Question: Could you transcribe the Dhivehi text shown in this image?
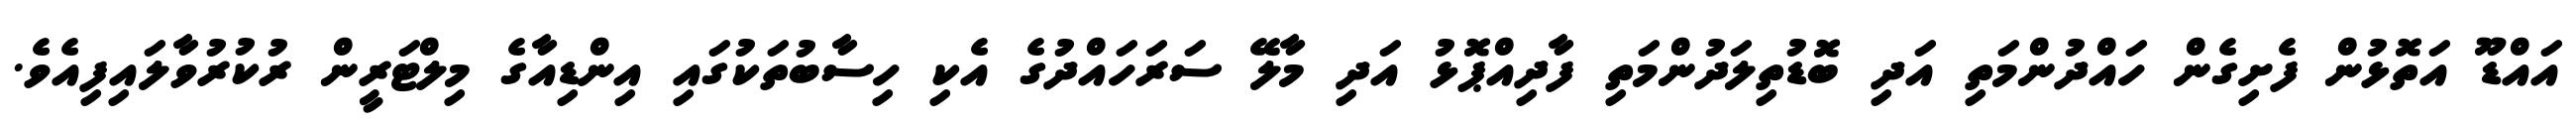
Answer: އައްޑޫ އަތޮޅުން ފެށިގެން ހައްދުންމަތި އަދި ބޮޑުތިލަދުންމަތި ފާދިއްޕޮޅު އަދި މާލޭ ސަރަހައްދުގެ އެކި ހިސާބުތަކުގައި އިންޑިއާގެ މިލްޓަރީން ރުކުރުވާލައިފިއެވެ.